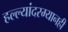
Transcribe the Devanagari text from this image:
हल्ल्यांदरम्यानही